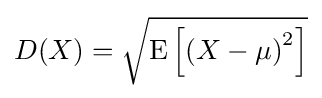
{\textstyle D(X)={\sqrt {\operatorname {E} \left[{\left(X-\mu \right)}^{2}\right]}}}